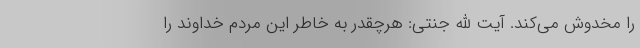
را مخدوش می‌کند. آیت الله جنتی: هرچقدر به خاطر این مردم خداوند را